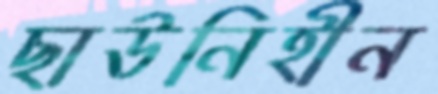
ছাউনিহীন